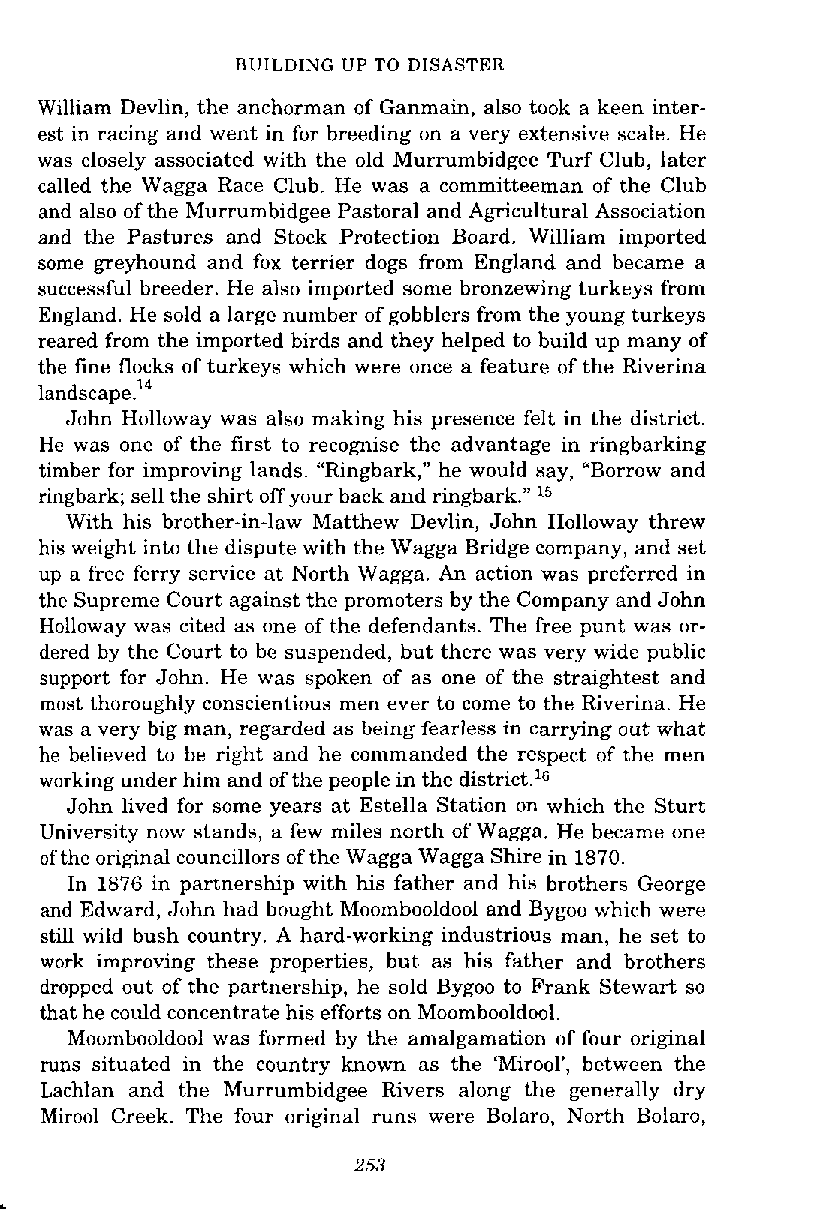
BUILDING UP TO DISASTER
 William Devlin, the anchorman of Ganmain, also took a keen inter-
 est in racing and went in for breeding on a very extensive scale. He
 was closely associated with the old Murrumbidgee Turf Club, later
 called the Wagga Race Club. He was a committeeman of the Club
 and also of the Murrumbidgee Pastoral and Agricultural Association
 and the Pastures and Stock Protection Board. William imported
 some greyhound and fox terrier dogs from England and became a
 successful breeder. He also imported some bronzewing turkeys from
 England. He sold a large number of gobblers from the young turkeys
 reared from the imported birds and they helped to build up many of
 the fine flocks of turkeys which were once a feature of the Riverina
 landscape.'"
 John Holloway was also making his presence felt in the district.
 He was one of the first to recognise the advantage in ringbarking
 timber for improving lands. "Ringbark," he would say, "Borrow and
 ringbark; sell the shirt off your back and ringbark." l5
 With his brother-in-law Matthew Devlin, John Holloway threw
 his weight into the dispute with the Wagga Bridge company, and set
 up a free ferry service at North Wagga. An action was preferred in
 the Supreme Court against the promoters by the Company and John
 Holloway was cited as one of the defendants. The free punt was or-
 dered by the Court to be suspended, but there was very wide public
 support for John. He was spoken of as one of the straightest and
 most thoroughly conscientious men ever to come to the Riverina. He
 was a very big man, regarded as being fearless in carrying out what
 he believed to be right and he commanded the respect of the men
 working under him and of the people in the district.'G
 John lived for some years at Estella Station on which the Sturt
 University now stands, a few miles north of Wagga, He became one
 of the original councillors of the Wagga Wagga Shire in 1870.
 In 1876 in partnership with his father and his brothers George
 and Edward, John had bought Moombooldool and Bygoo which were
 still wild bush country. A hard-working industrious man, he set to
 work improving these properties, but as his father and brothers
 dropped out of the partnership, he sold Bygoo to Frank Stewart so
 that he could concentrate his efforts on Moombooldool.
 Moombooldool was formed by the amalgamation of four original
 runs situated in the country known as the 'Mirool', between the
 Lachlan and the Murrumbidgee Rivers along the generally dry
 Mirool Creek. The four original runs were Bolaro, North Bolaro,